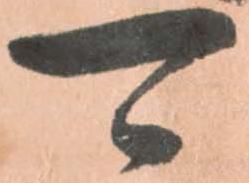
可